Document type: Sale
Year: 1440
Scribe: Pere Pau Pujades
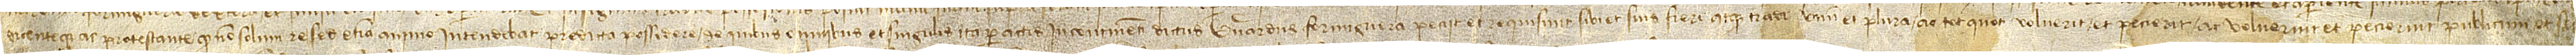
dicenteque ac protestante quod non solum res et etiam animo intendebat predicta possidere. De quibus et sinulis ita peractis incontinenti dictus Bernardus Formiguera peccit et requisivit sibi et suis fieri atque tradi unum et plura ac tot quot voluerit et pecierit ac voluerint et pecierint publicum et seu